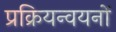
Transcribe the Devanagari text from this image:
प्रक्रियन्वयनों